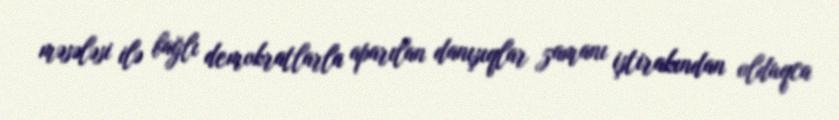
məsələsi ilə bağlı demokratlarla aparılan danışıqlar zamanı iştirakından olduqca